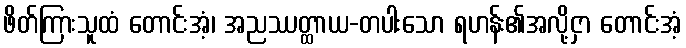
ဖိတ်ကြားသူထံ တောင်းအံ့၊ အညဿတ္ထာယ-တပါးသော ရဟန်း၏အလို့ငှာ တောင်းအံ့